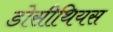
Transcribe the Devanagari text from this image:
डोसीथियस